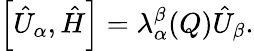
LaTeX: \left[\hat{U}_{\alpha},\hat{H}\right]=\lambda_{\alpha}^{\beta}(Q)\hat{U}_{\beta}.